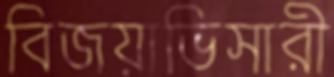
বিজয়াভিসারী